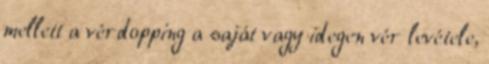
mellett a vérdopping a saját vagy idegen vér levétele,